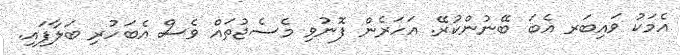
އެމަކު ވައިބަރ އެބަ ބޭނުންކުރޭ. އަހަރެން ފޮނުވި މެސެޖުތައް ވެސް އެބަހުރި ބަލާފައި.